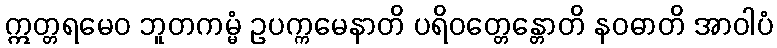
ဣတ္တရမေဝ ဘူတကမ္မံ ဥပက္ကမေနာတိ ပရိဝတ္တေန္တောတိ နဝဓာတိ အာဝါပံ